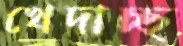
খেদাচ্ছ